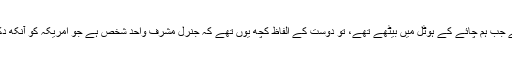
اس سے پہلے جب ہم چائے کے ہوٹل میں بیٹھے تھے، تو دوست کے الفاظ کچھ یوں تھے کہ جنرل مشرف واحد شخص ہے جو امریکہ کو آنکھ دکھا سکتا ہے۔